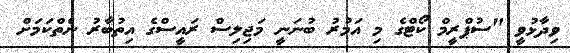
ވިދާޅުވީ "ސުޕްރީމް ކޯޓްގެ މި އަމުރު ބުނަނީ މަޖިލިސް ރައީސްގެ އިތުބާރު ނެތްކަމަށް